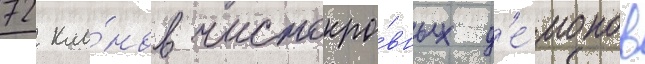
72 кла́нов чистокро́вных д'е́монов